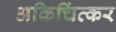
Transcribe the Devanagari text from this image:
अकिचिंत्कर